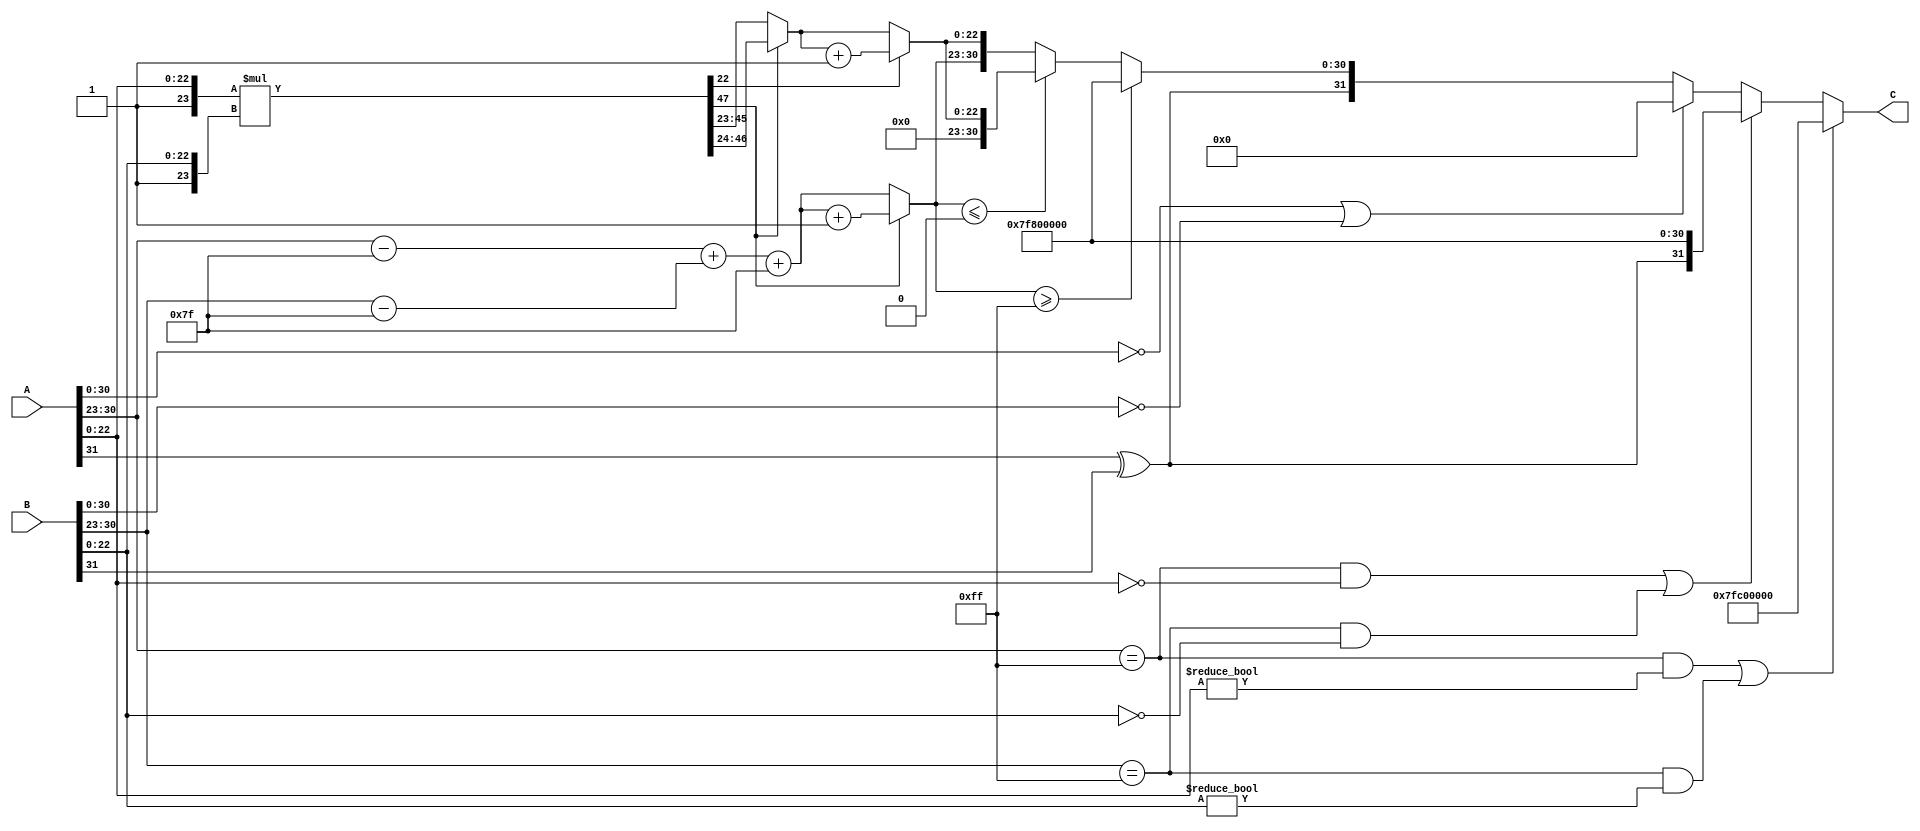
module FP_Multiplier (
    input [31:0] A,   // Input A (32 bits)
    input [31:0] B,   // Input B (32 bits)
    output reg [31:0] C  // Output C (32 bits)
);

    wire signA = A[31]; // Sign bit of A
    wire signB = B[31]; // Sign bit of B
    wire [7:0] expA = A[30:23]; // Exponent of A
    wire [7:0] expB = B[30:23]; // Exponent of B
    wire [22:0] mantA = A[22:0]; // Mantissa of A
    wire [22:0] mantB = B[22:0]; // Mantissa of B
    
    wire signC;               // Sign of the output
    wire [8:0] expC;         // Calculated exponent (9 bits to handle overflow)
    wire [47:0] mantC;       // Result of mantissa multiplication (allow for overflow)
    reg [22:0] mantC_norm;   // Normalized mantissa
    reg [7:0] final_exp;     // Final exponent
    reg rounding_bit;        // For rounding

    // Determine sign of output
    assign signC = signA ^ signB;

    // Handle special cases: Zero, Infinity, NaN
    wire is_zero_A = (A[30:0] == 0);
    wire is_zero_B = (B[30:0] == 0);
    wire is_inf_A = (expA == 8'hFF) && (mantA == 0);
    wire is_inf_B = (expB == 8'hFF) && (mantB == 0);
    wire is_nan_A = (expA == 8'hFF) && (mantA != 0);
    wire is_nan_B = (expB == 8'hFF) && (mantB != 0);

    // Calculate exponent and mantissa multiplication
    assign expC = (expA - 8'd127) + (expB - 8'd127) + 8'd127; // Adjusted exponents
    assign mantC = {1'b1, mantA} * {1'b1, mantB}; // Multiplying mantissas

    always @(*) begin
        if (is_nan_A || is_nan_B) begin
            C <= 32'h7FC00000; // NaN output
        end else if (is_inf_A || is_inf_B) begin
            C <= {signC, 8'hFF, 23'b0}; // Infinity output
        end else if (is_zero_A || is_zero_B) begin
            C <= 32'b0; // Zero output
        end else begin
            // Normalize mantissa and adjust exponent if necessary.
            // Check if mantissa needs adjustment
            if (mantC[47]) begin // If mantissa is >= 2
                mantC_norm = mantC[46:24]; // Right shift
                final_exp = expC + 1;
            end else begin // If mantissa < 2
                mantC_norm = mantC[45:23]; // Normalized to 23 bits
                final_exp = expC;
            end

            // Rounding logic
            rounding_bit = mantC[22]; // LSB for rounding
            if (rounding_bit) begin
                mantC_norm = mantC_norm + 1;
                if (mantC_norm[23]) begin // Check for carry
                    mantC_norm = mantC_norm[22:0];
                    final_exp = final_exp + 1;
                end
            end

            // Final check for exponent overflow
            if (final_exp >= 8'hFF) begin
                C <= {signC, 8'hFF, 23'b0}; // Set to infinity
            end else if (final_exp <= 0) begin
                C <= {signC, 8'b0, mantC_norm[22:0]}; // Zero or subnormal
            end else begin
                C <= {signC, final_exp[7:0], mantC_norm[22:0]}; // Construct output
            end
        end
    end

endmodule